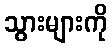
သွားများကို